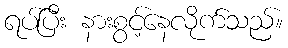
ရပ်ပြီး နားစွင့်နေလိုက်သည်။